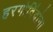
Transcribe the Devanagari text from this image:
हरगोविंदांना